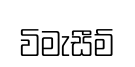
විමැසීම්